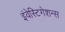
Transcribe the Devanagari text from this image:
इंवेस्टिगेशन्स